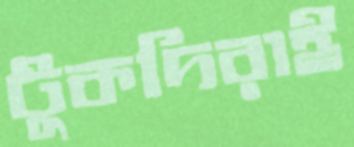
টুকদিরাই